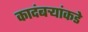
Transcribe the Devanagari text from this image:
कादंबर्‍यांकडे